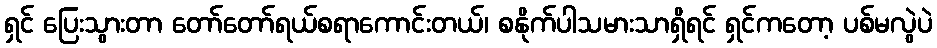
ရှင် ပြေးသွားတာ တော်တော်ရယ်စရာကောင်းတယ်၊ စနိုက်ပါသမားသာရှိရင် ရှင်ကတော့ ပစ်မလွဲပဲ